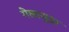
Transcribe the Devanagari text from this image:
गेलासुद्धा